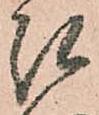
糺